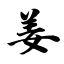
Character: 姜